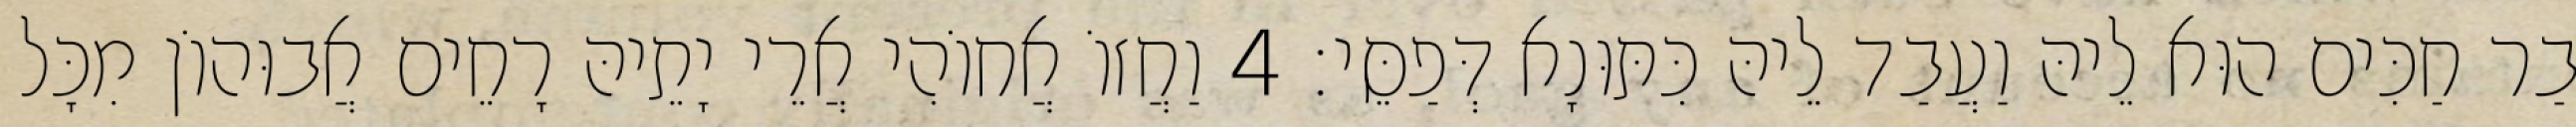
בַר חַכִּים הוּא לֵיהּ וַעֲבַד לֵיהּ כִּתּוּנָא דְּפַסֵּי׃ 4 וַחֲזוֹ אֲחוֹהִי אֲרֵי יָתֵיהּ רָחֵים אֲבוּהוֹן מִכָּל